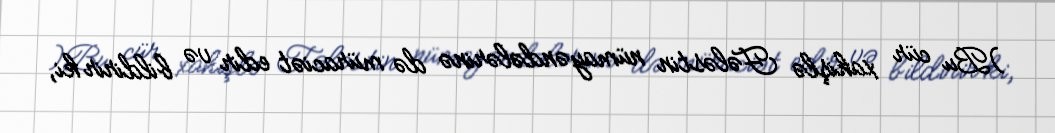
)Bu cür xahişlə Fələstin nümayəndələrinə də müraciət edir və bildirir ki,